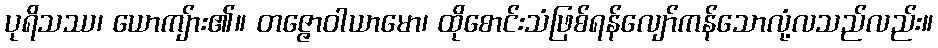
ပုရိသဿ၊ ယောကျ်ား၏။ တဇ္ဇောဝါယာမော၊ ထိုစောင်းသံဖြစ်ရန်လျော်ကန်သောလုံ့လသည်လည်း။